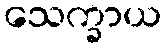
သေက္ခာယ